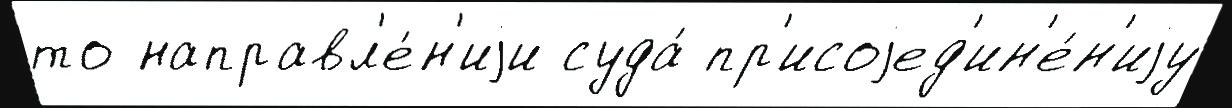
то направл'е́н'иjи суда́ пр'исоjед'ин'е́н'иjу